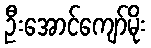
ဦးအောင်ကျော်မိုး